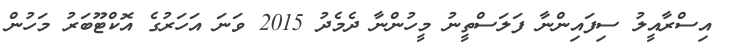
އިސްރާއީލު ސިފައިންނާ ފަލަސްތީނު މީހުންނާ ދެމެދު 2015 ވަނަ އަހަރުގެ އޮކްޓޫބަރު މަހުން